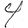
Digit: 4